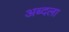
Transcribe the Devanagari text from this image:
अब्दला